Indian journal of veterinary science and animal husbandry - Volume 3,
Year: 1933
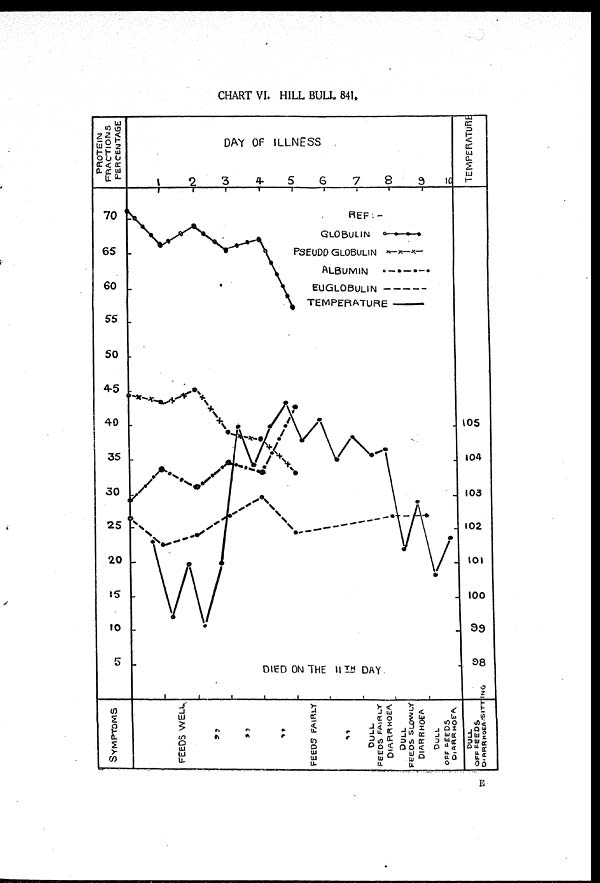
CHART VI. HILL BULL 841.
E